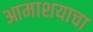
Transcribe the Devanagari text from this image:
आमाशयाचा